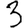
Digit: 3